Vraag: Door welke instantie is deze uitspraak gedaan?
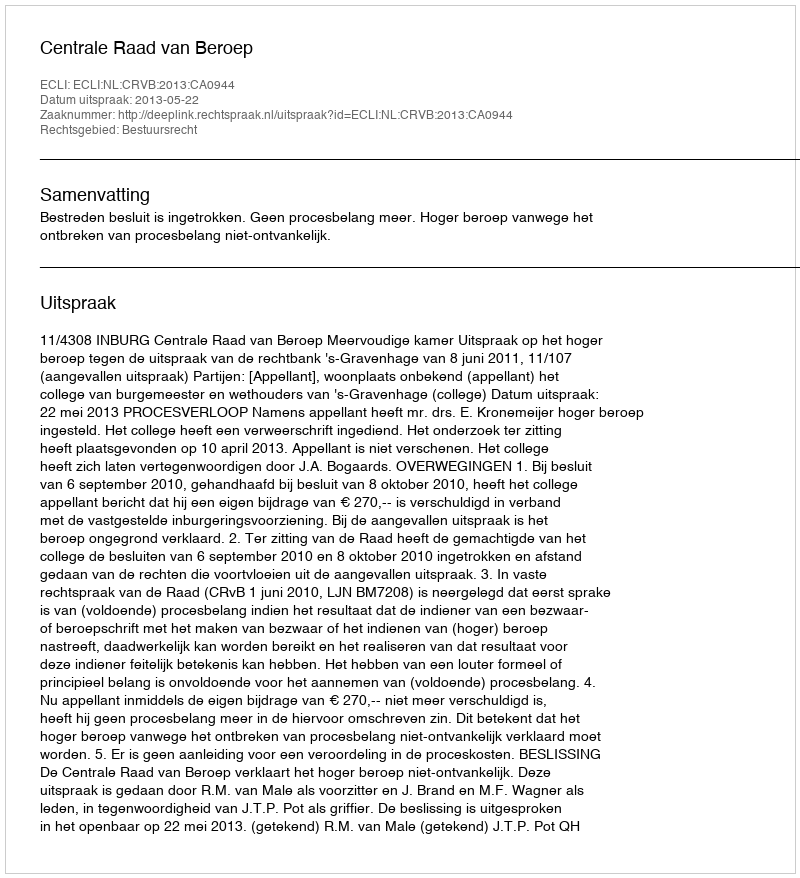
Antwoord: Centrale Raad van Beroep